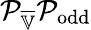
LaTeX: \mathcal{P}_{\overline{{\mathbb{V}}}}\mathcal{P}_{\mathrm{odd}}